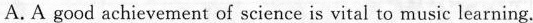
A. A good achievement of science is vital to music learning.